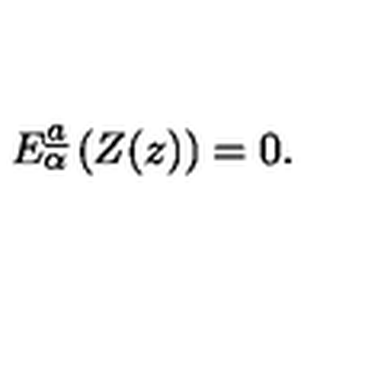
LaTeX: E _ { \alpha } ^ { \underline { a } } \left( Z ( z ) \right) = 0 .